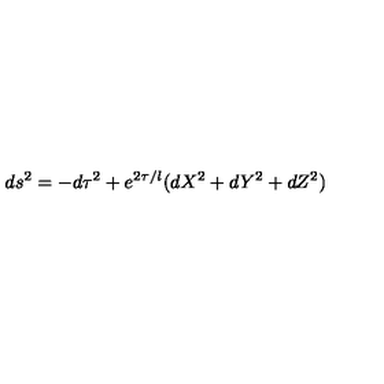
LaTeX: d s ^ { 2 } = - d \tau ^ { 2 } + e ^ { 2 \tau / l } ( d X ^ { 2 } + d Y ^ { 2 } + d Z ^ { 2 } )